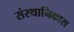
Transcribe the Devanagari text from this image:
संस्थानिकास